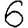
Digit: 6